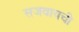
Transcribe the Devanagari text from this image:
सजवायची